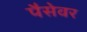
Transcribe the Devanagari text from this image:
पैसेवर